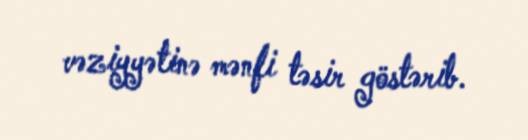
vəziyyətinə mənfi təsir göstərib.